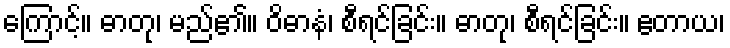
ကြောင့်။ ဓာတု၊ မည်၏။ ဝိဓာနံ၊ စီရင်ခြင်း။ ဓာတု၊ စီရင်ခြင်း။ ဧတာယ၊